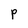
Character: p